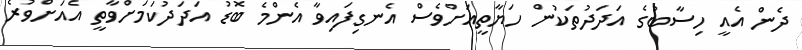
ދެން އެއީ ހިސާބުގެ އަދަދުތަކުން ހަޔާތީއަށްވެސް އެނގިފައިވާ އެންމެ ބޮޑު އަދަދުކަމަށްވާތީ އެއަށްވުރެ